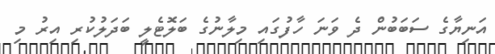
އަނިޔާގެ ސަބަބުން ދެ ވަނަ ހާފުގައި މިލާނުގެ ބަލޮޓެލީ ބަދަލުކުރި އިރު މި